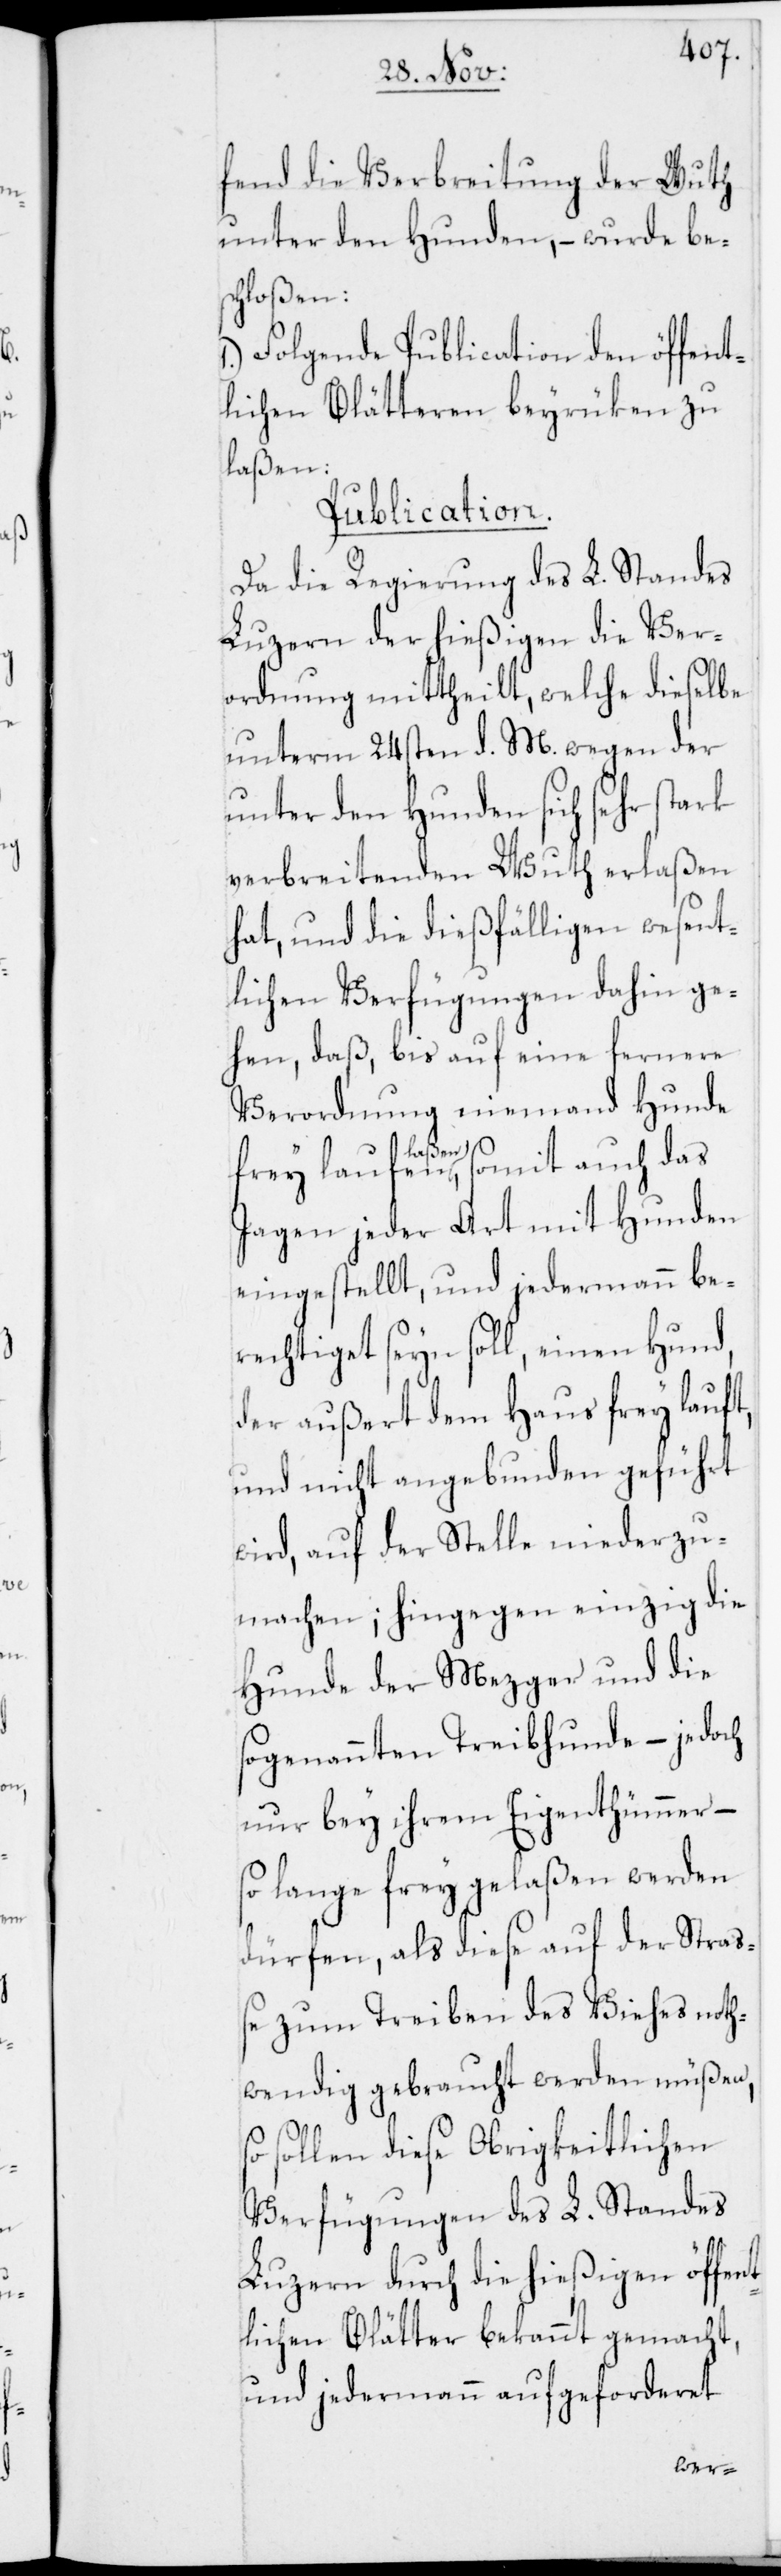
fend die Verbreitung der Wuth
unter den Hunden, – wurde be¬
schloßen:
Folgende Publication den öffent¬
lichen Blätteren beyrüken zu
laßen:
Publication.
Da die Regierung des L. Standes
Luzern der hießigen die Ver¬
ordnung mittheilt, welche dieselbe
unterm 24sten d. M. wegen der
unter den Hunden sich sehr stark
verbreitenden Wuth erlaßen
hat, und die dießfälligen wesent¬
lichen Verfügungen dahin ge¬
hen, daß, bis auf eine fernere
Verordnung niemand Hunde
la¬
ufen laßen, somit auch das
Jagen jeder Art mit Hunden
eingestellt, und jedermann be¬
rechtiget seyn soll, einen Hund,
der außert dem Haus frey lauft,
und nicht angebunden geführt
wird, auf der Stelle niederzu¬
machen; hingegen einzig die
Hunde der Mezger und die
sogenannten Treibhunde – jedoch
nur bey ihrem Eigenthümmer –
so lange frey gelaßen werden
dürfen, als diese auf der Stra¬
ße zum Treiben des Viehes noth¬
wendig gebraucht werden müßen,
sollen diese Obrigkeitlichen
Verfügungen des L. Standes
Luzern durch die hießigen öffent¬
lichen Blätter bekannt gemacht,
und jedermann aufgeforderet